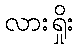
လားရှိုး